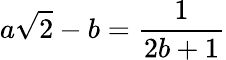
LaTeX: a\sqrt{2}-b=\frac{1}{2b+1}